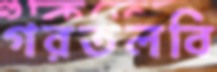
গরতলবি